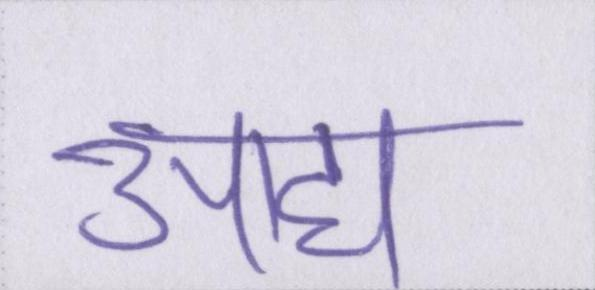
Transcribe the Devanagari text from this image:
आद्य